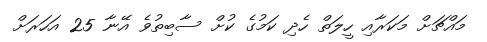
މައްޗަށް މަކަރާއި ހީލަތް ހެދި ކަމުގެ ކުށް ސާބިތުވެ އޭނާ 25 އަހަރަށް